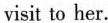
visit to her.